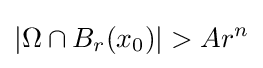
|\Omega \cap B_{r}(x_{0})|>Ar^{n}